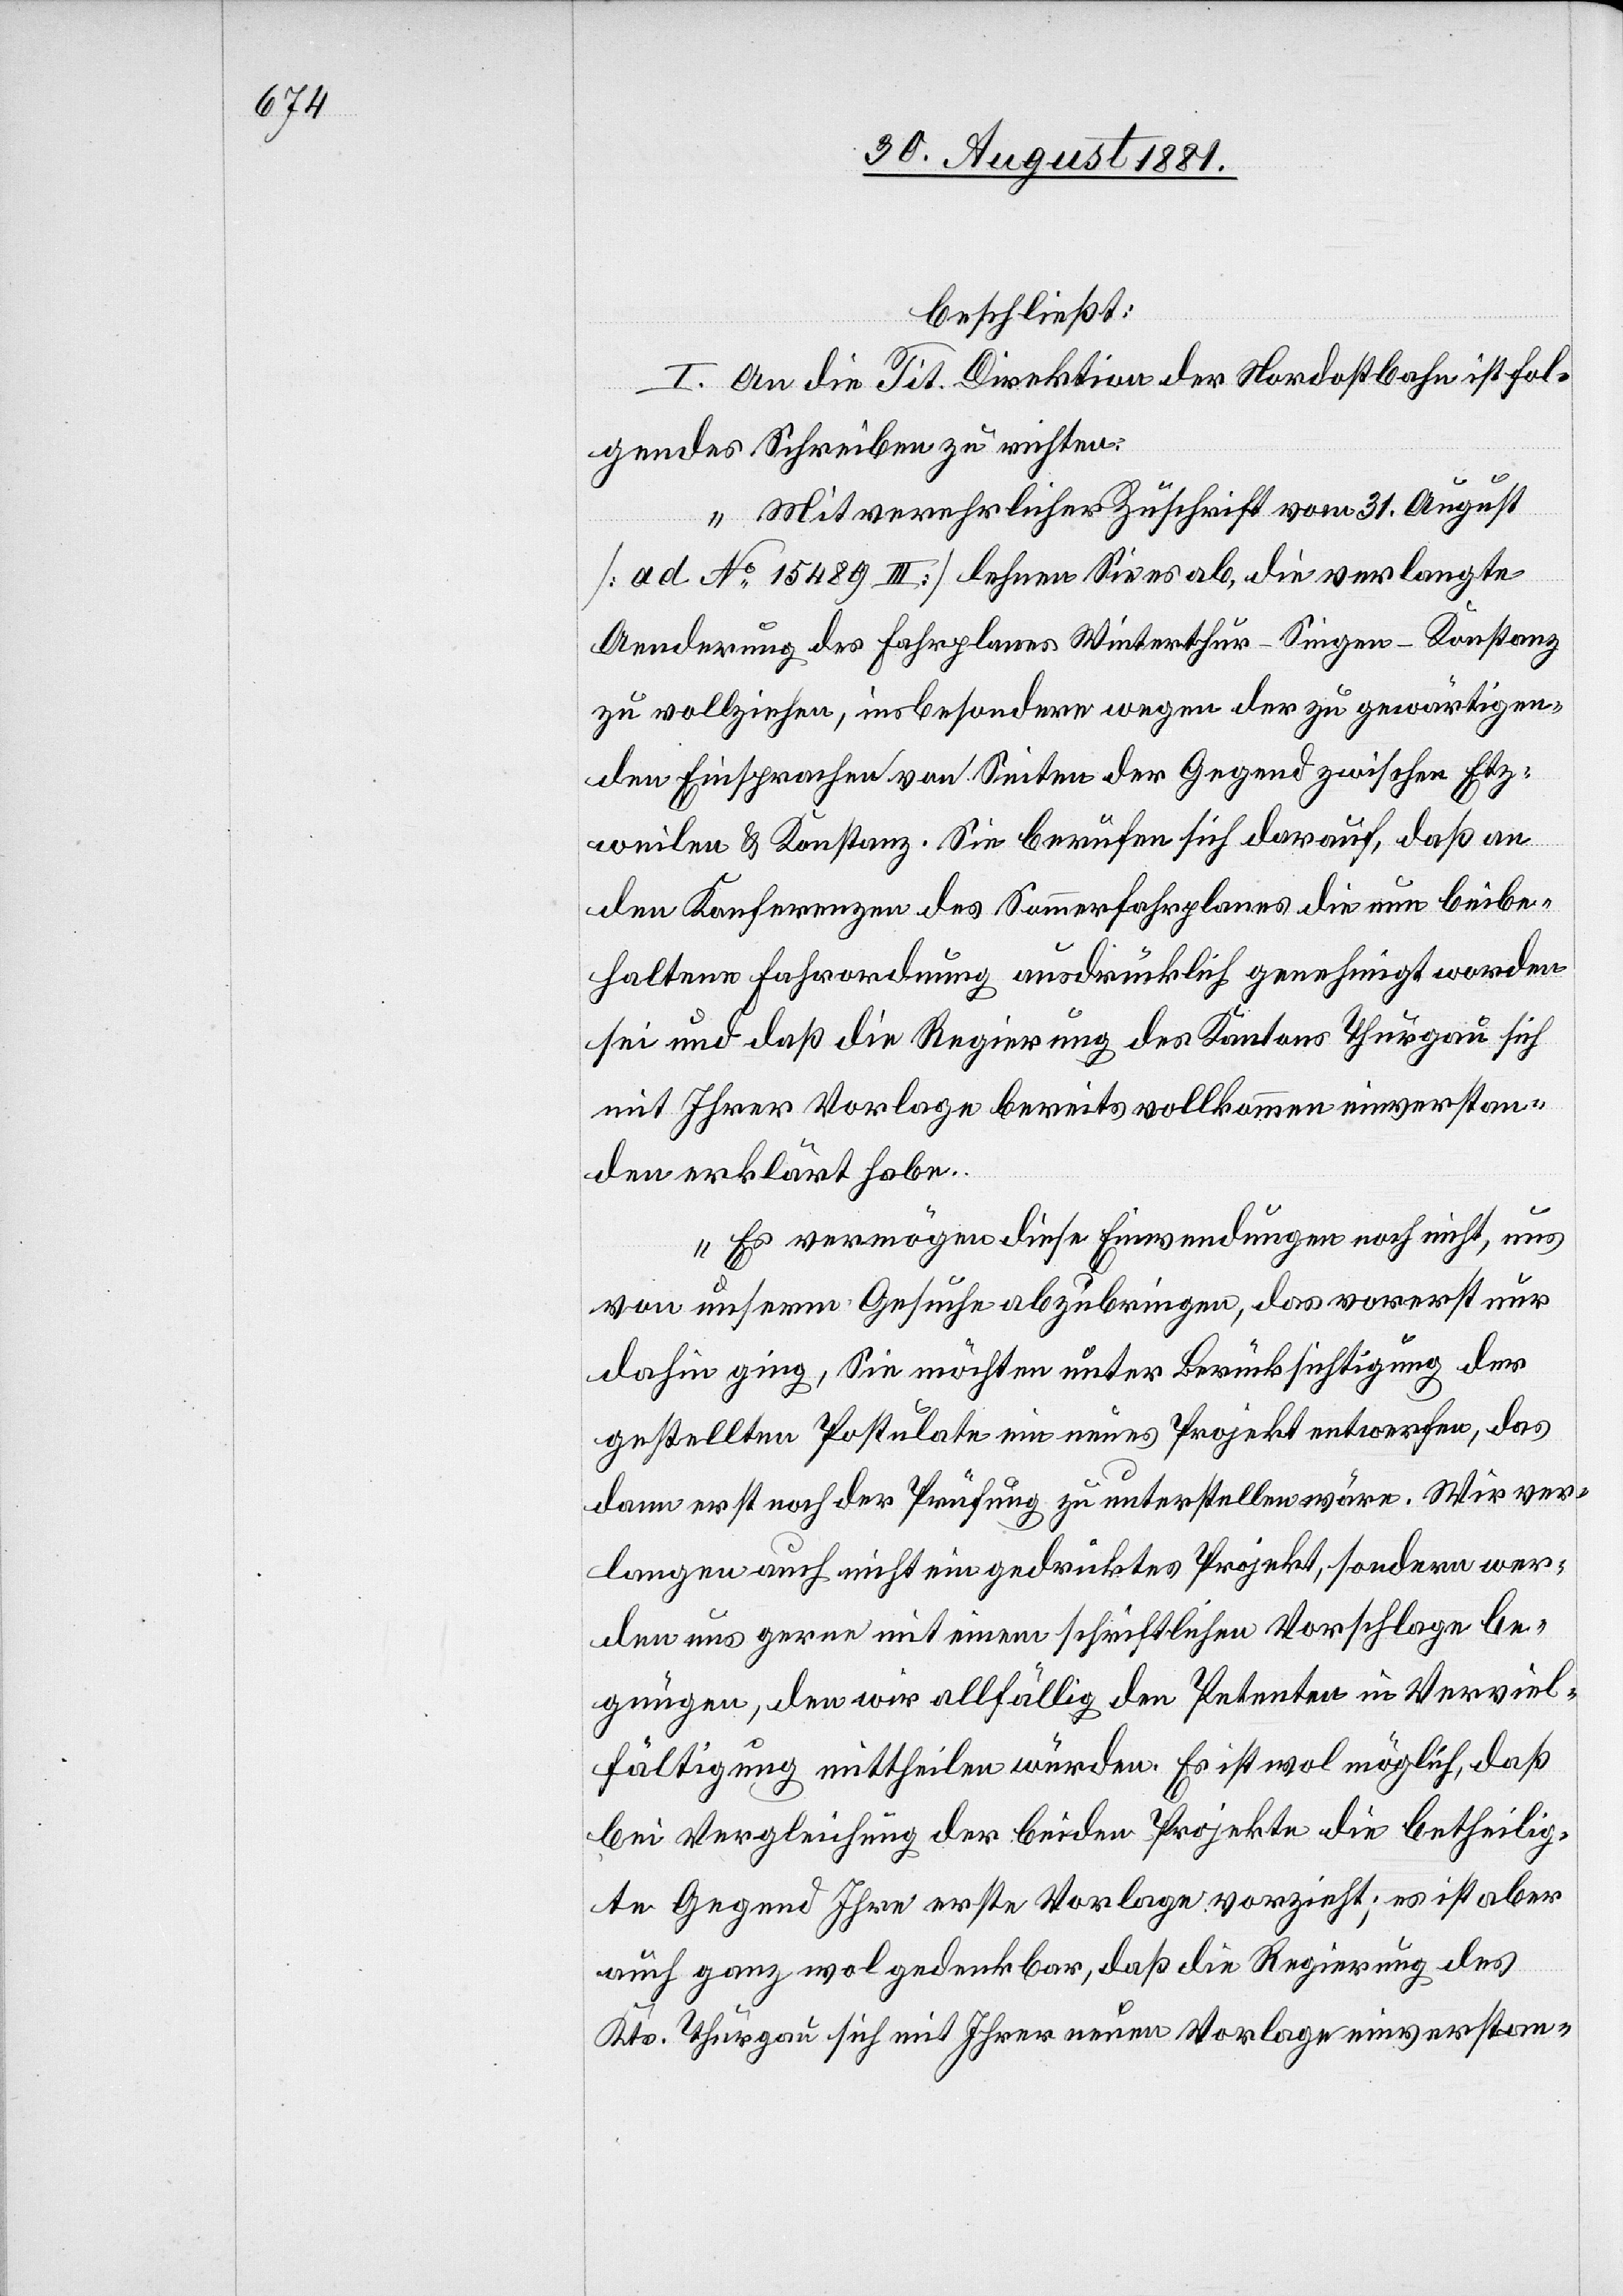
beschließt:
I. An die Tit. Direktion der Nordostbahn ist fol¬
gendes Schreiben zu richten:
„Mit verehrlicher Zuschrift vom 31. August
[ad. No 15489 III] lehnen Sie es ab, die verlangte
Aenderung des Fahrplanes Winterthur–Singen–Konstanz
zu vollziehen, insbesondere wegen der zu gegenwärtigen¬
den Einsprachen von Seiten der Gegend zwischen Etz¬
weilen & Konstanz. Sie berufen sich darauf, daß an
den Konferenzen des Sommerfahrplanes die nun beibe¬
haltene Fahrordnung ausdrücklich genehmigt worden
sei und daß die Regierung des Kantons Thurgau sich
mit Ihrer Vorlage bereits vollkommen einverstan¬
den erklärt habe.
Es vermögen diese Einwendungen noch nicht uns
von unserm Gesuche abzubringen, das vorerst nur
dahin ging, Sie möchten unter Berücksichtigung der
gestellten Postulate ein neues Projekt entwerfen, das
dann erst nach der Prüfung zu unterstellen wäre. Wir ver¬
langen auch nicht ein gedricktes [sic!] Projekt, sondern wer¬
den uns gerne mit einem schriftlichen Vorschlage be¬
gnügen, den wir allfällig den Petenten in Verviel¬
fältigung mittheilen würden. Es ist wol möglich, daß
bei Vergleichung der beiden Projekte die betheilig¬
te Gegend Ihre erste Vorlage vorzieht; es ist aber
auch ganz wol gedenkbar, daß die Regierung des
Kts. Thurgau sich mit Ihrer neuen Vorlage einverstan-